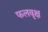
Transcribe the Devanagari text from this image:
फलवृक्ष